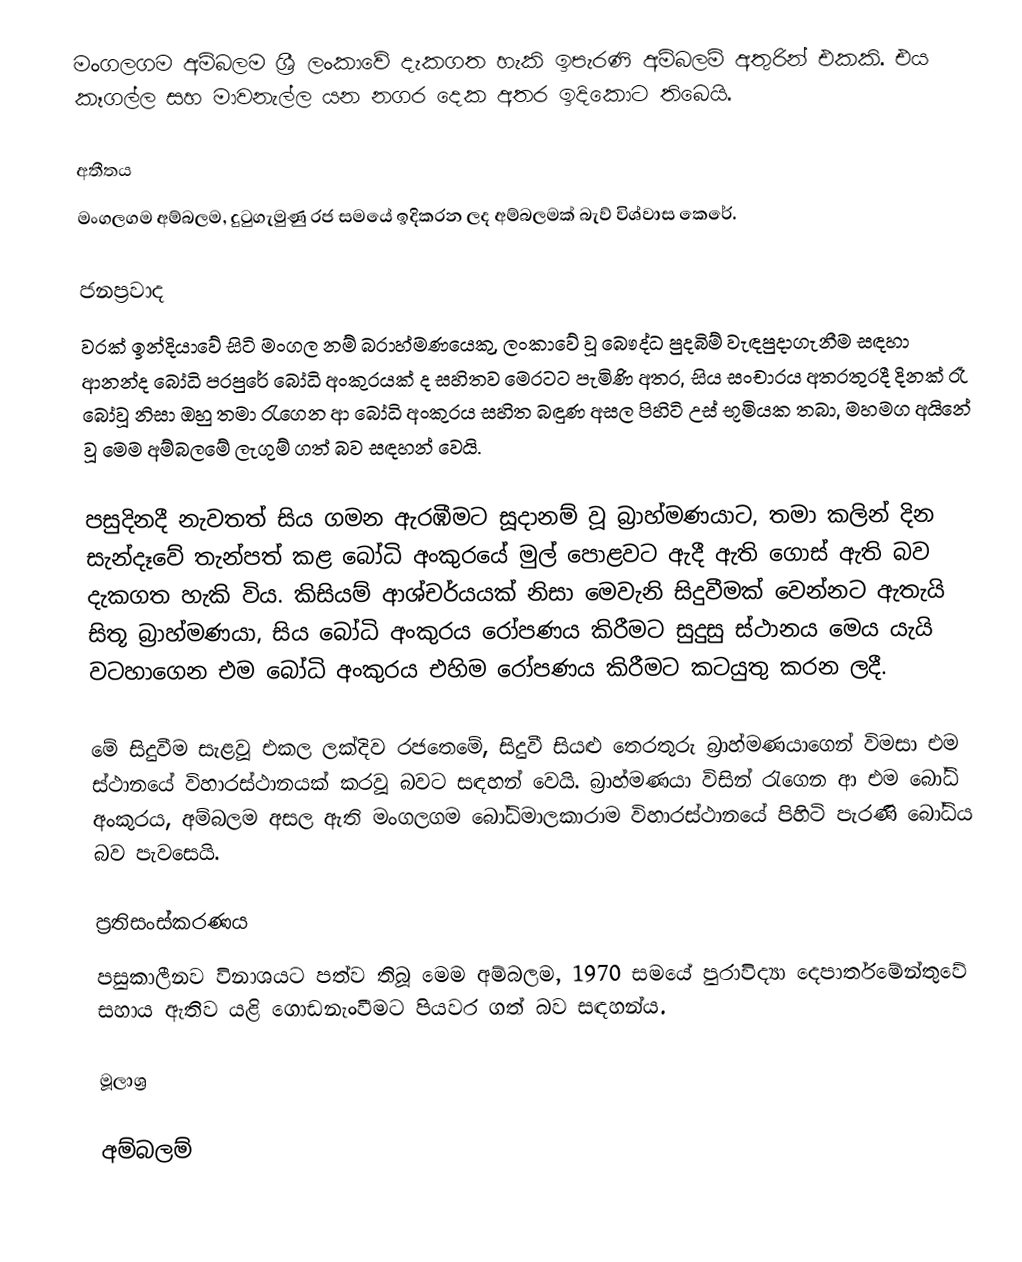
මංගලගම අම්බලම ශ්‍රී ලංකාවේ දැකගත හැකි ඉපැරණි අම්බලම් අතුරින් එකකි. එය කෑගල්ල සහ මාවනැල්ල යන නගර දෙක අතර ඉදිකොට තිබෙයි.

අතීතය
මංගලගම අම්බලම, දුටුගැමුණු රජ සමයේ ඉදිකරන ලද අම්බලමක් බැව් විශ්වාස කෙරේ.

ජනප්‍රවාද
වරක් ඉන්දියාවේ සිටි මංගල නම් බ‍්‍රාහ්මණයෙකු, ලංකාවේ වූ බෞද්ධ පුදබිම් වැඳපුදාගැනීම සඳහා ආනන්ද බෝධි පරපුරේ බෝධි අංකුරයක් ද සහිතව මෙරටට පැමිණි අතර, සිය සංචාරය අතරතුරදී දිනක් රෑ බෝවූ නිසා ඔහු තමා රැගෙන ආ බෝධි අංකුරය සහිත බඳුණ අසල පිහිටි උස් භූමියක තබා, මහමග අයිනේ වූ මෙම අම්බලමේ ලැගුම් ගත් බව සඳහන් වෙයි.

පසුදිනදී නැවතත් සිය ගමන ඇරඹීමට සූදානම් වූ බ‍්‍රාහ්මණයාට, තමා කලින් දින සැන්දෑවේ තැන්පත් කළ බෝධි අංකුරයේ මුල් පොළවට ඇදී ඇති ගොස් ඇති බව දැකගත හැකි විය. කිසියම් ආශ්චර්යයක් නිසා මෙවැනි සිදුවීමක් වෙන්නට ඇතැයි සිතූ බ‍්‍රාහ්මණයා, සිය බෝධි අංකුරය රෝපණය කිරීමට සුදුසු ස්ථානය මෙය යැයි වටහාගෙන එම බෝධි අංකුරය එහිම රෝපණය කිරීමට කටයුතු කරන ලදී.

මේ සිදුවීම සැළවූ එකල ලක්දිව රජතෙමේ, සිදුවී සියළු තෙරතුරු බ‍්‍රාහ්මණයාගෙන් විමසා එම ස්ථානයේ විහාරස්ථානයක් කරවූ බවට සඳහන් වෙයි. බ‍්‍රාහ්මණයා විසින් රැගෙන ආ එම බෝධි අංකුරය, අම්බලම අසල ඇති මංගලගම බෝධිමාලකාරාම විහාරස්ථානයේ පිහිටි පැරණි බෝධිය බව පැවසෙයි.

ප්‍රතිසංස්කරණය
පසුකාලීනව විනාශයට පත්ව තිබූ මෙම අම්බලම, 1970 සමයේ පුරාවිද්‍යා දෙපාර්තමේන්තුවේ සහාය ඇතිව යළි ගොඩනැංවීමට පියවර ගත් බව සඳහන්ය.

මූලාශ්‍ර

අම්බලම්